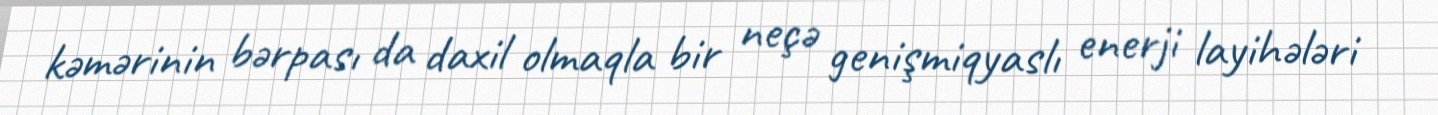
kəmərinin bərpası da daxil olmaqla bir neçə genişmiqyaslı enerji layihələri